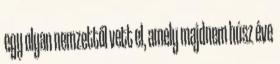
egy olyan nemzettől vett el, amely majdnem húsz éve